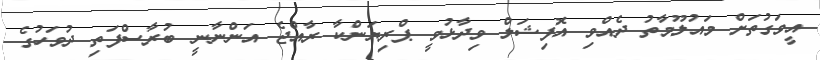
އީވަގުތަށް މައުލޫމާތު ދެއްވި އޮފިޝަލް ވިދާޅުވީ ޕްރިޔަންކާ ރާއްޖެ އަންނާނީ ބުރާސްފަތި ދުވަހުގެ